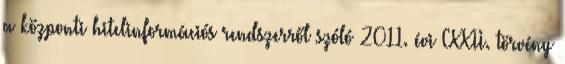
a központi hitelinformációs rendszerről szóló 2011. évi CXXII. törvény